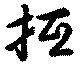
抵